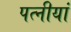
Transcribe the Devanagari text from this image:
पत्नीयां